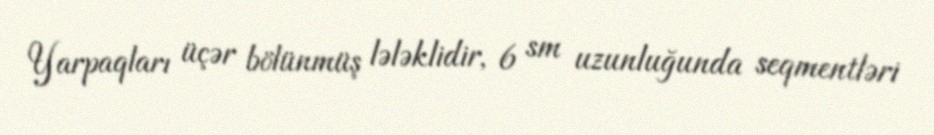
Yarpaqları üçər bölünmüş lələklidir, 6 sm uzunluğunda seqmentləri